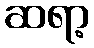
ဆရာ့